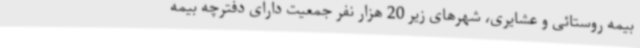
بیمه روستائی و عشایری، شهرهای زیر 20 هزار نفر جمعیت دارای دفترچه بیمه